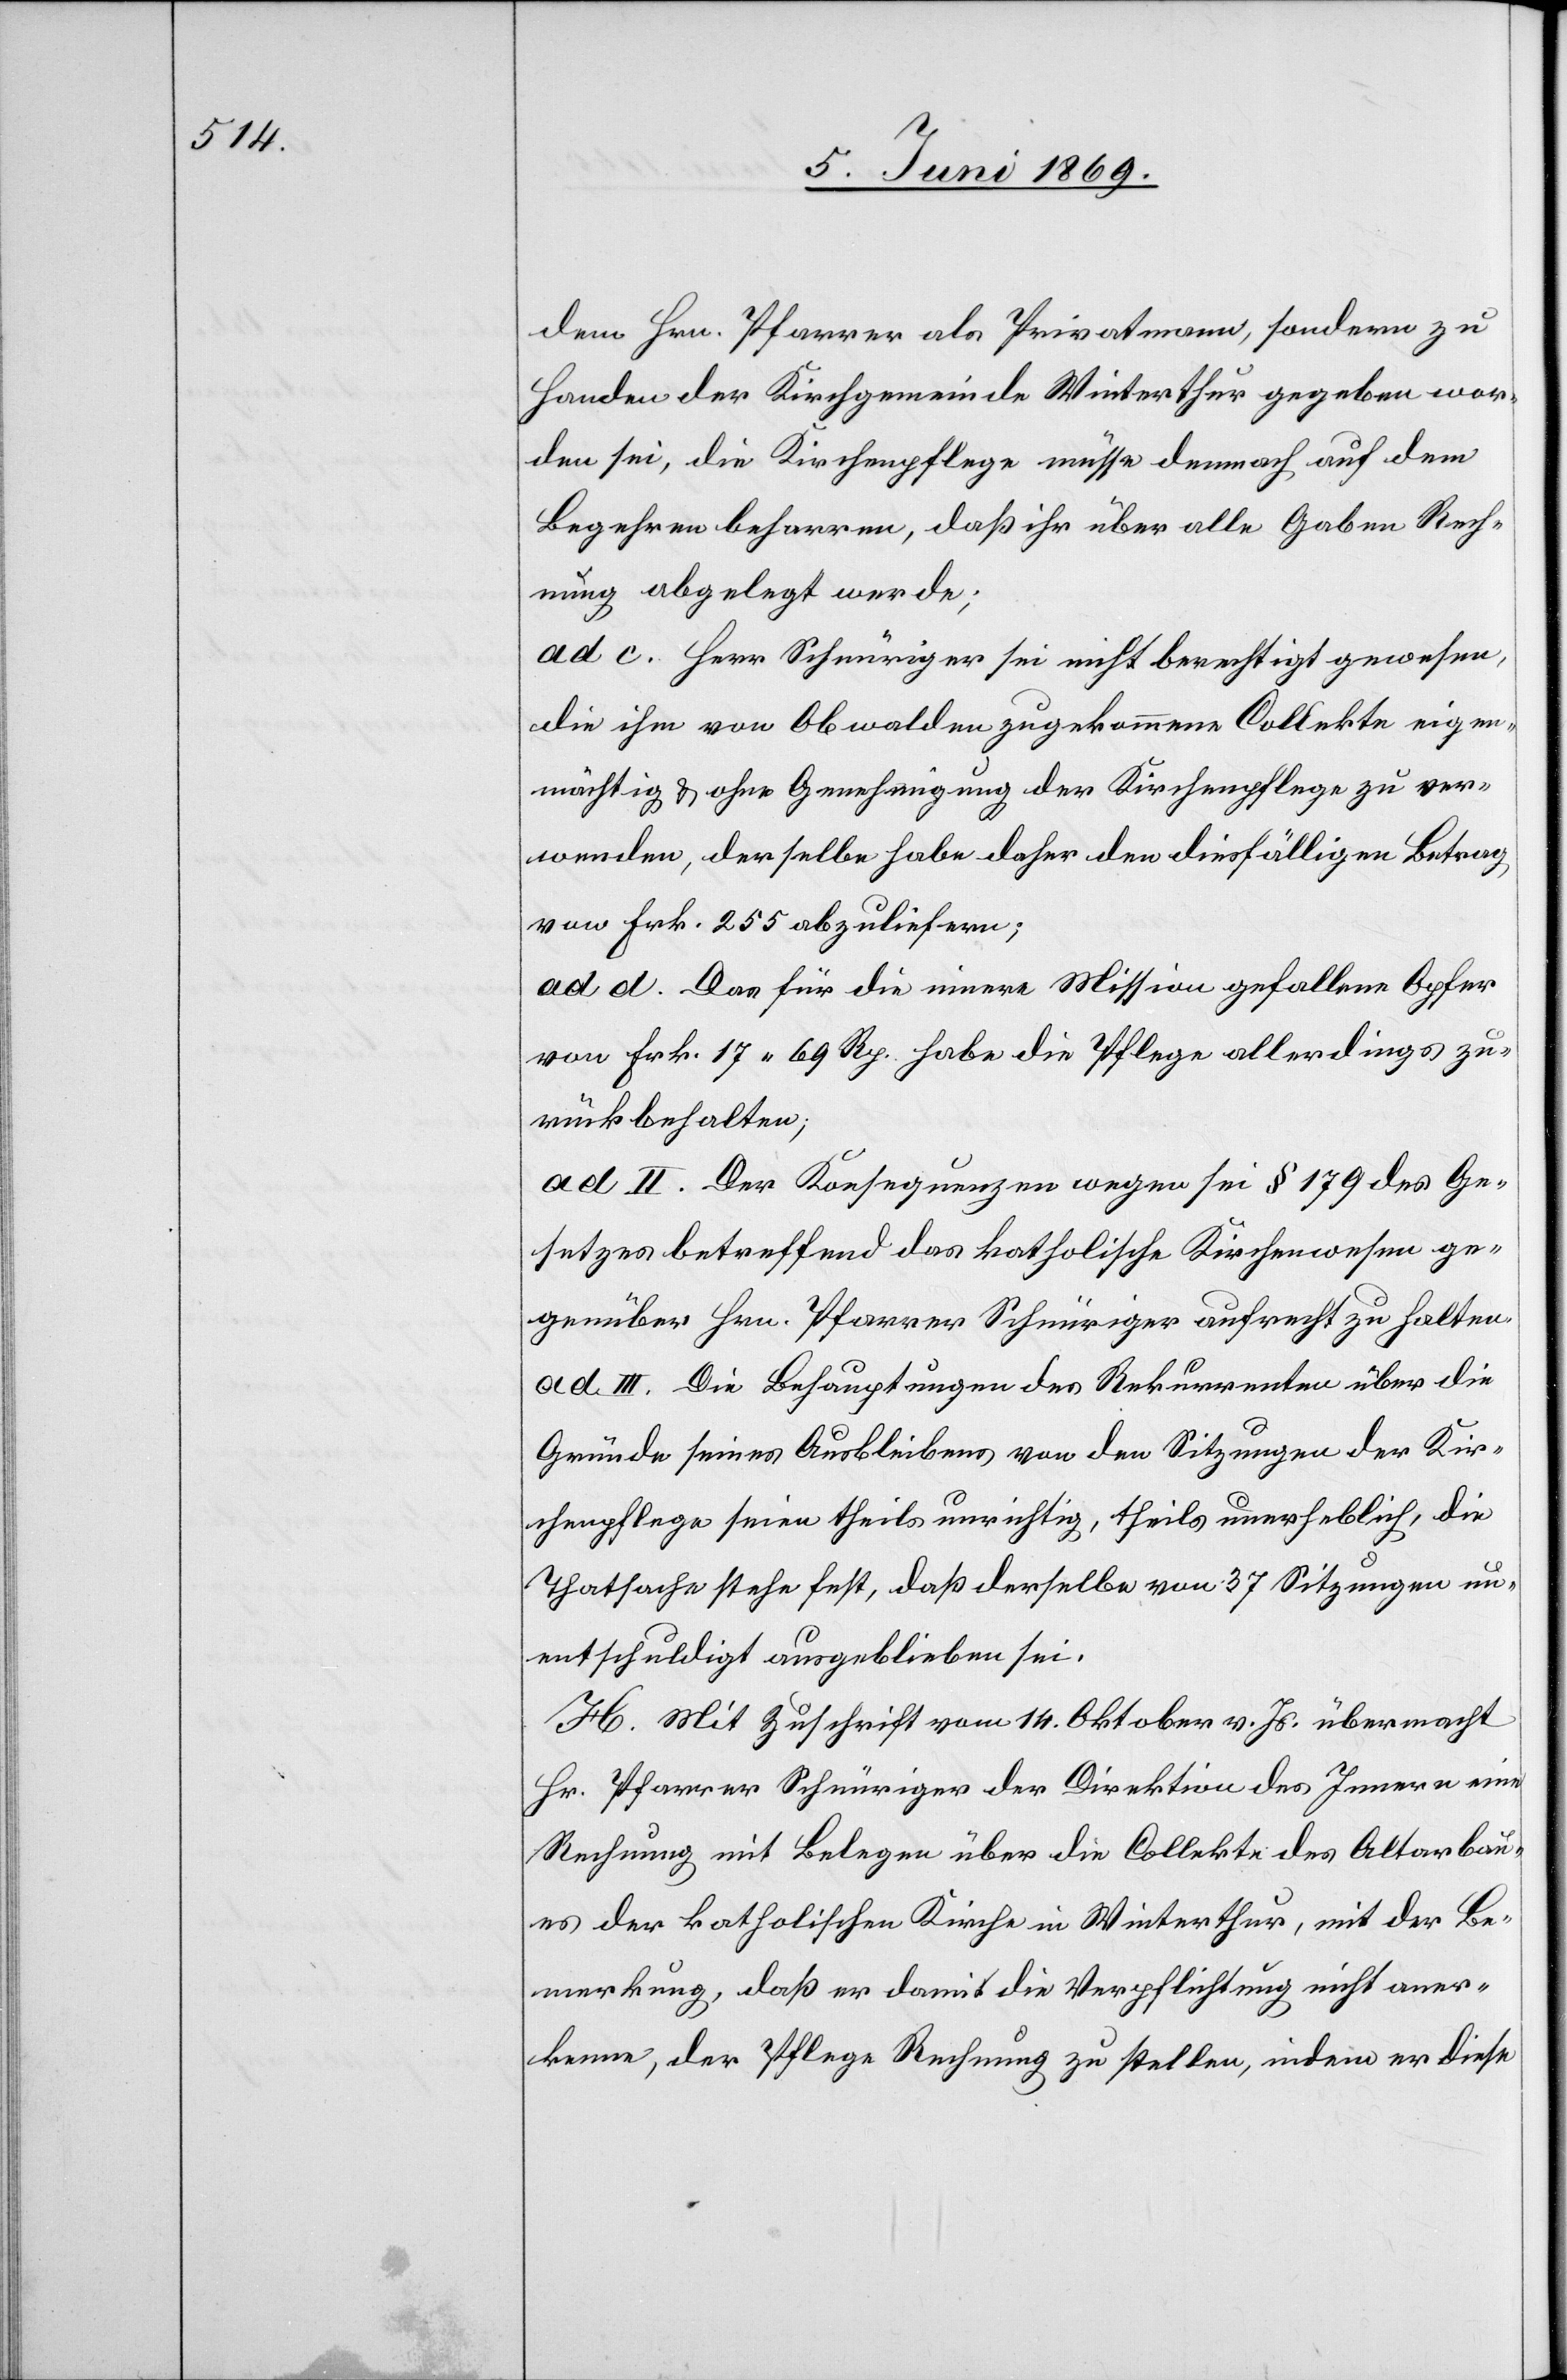
dem Hrn. Pfarrer als Privatmann, sondern zu
Handen der Kirchgemeinde Winterthur gegeben wor¬
den sei, die Kirchenpflege müsse demnach auf dem
Begehren beharren, daß ihr über alle Gaben Rech¬
nung abgelegt werde;
ad c. Herr Schnüriger sei nicht berechtigt gewesen,
die ihm von Obwalden zugekommene Collekte eigen¬
mächtig u. ohne Genehmigung der Kirchenpflege zu ver¬
wenden, derselbe habe daher den diesfälligen Betrag
von Frk. 255 abzuliefern;
ad d. Das für die innere Mission gefallene Opfer
von Frk. 17.69 Rp. habe die Pflege allerdings zu¬
rückbehalten;
ad II. Der Konsequenz wegen sei § 179 des Ge¬
setzes betreffend das katholische Kirchenwesen ge¬
genüber Hrn. Pfarrer Schnüriger aufrecht zu halten.
ad III. Die Behauptungen des Rekurrenten über die
Gründe seines Ausbleibens von den Sitzungen der Kir¬
chenpflege seien theils unrichtig, theils unerheblich, die
Thatsache stehe fest, daß derselbe von 37 Sitzungen un¬
entschuldigt ausgeblieben sei.
H. Mit Zuschrift vom 14 Oktober v. Js. übermacht
Hr. Pfarrer Schnüriger der Direktion des Innern eine
Rechnung mit Belegen über die Collekte des Altarbau¬
es der katholischen Kirche in Winterthur, mit der Be¬
merkung, daß er damit die Verpflichtung nicht aner¬
kenne, der Pflege Rechnung zu stellen, indem er diese